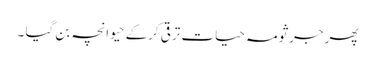
پھر جرثومہ حیات ترقی کرکے حیوانچہ بن گیا ۔